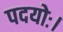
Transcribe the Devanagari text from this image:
पदयोः।